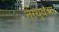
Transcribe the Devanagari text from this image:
नेरथुवआ